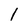
Character: 1